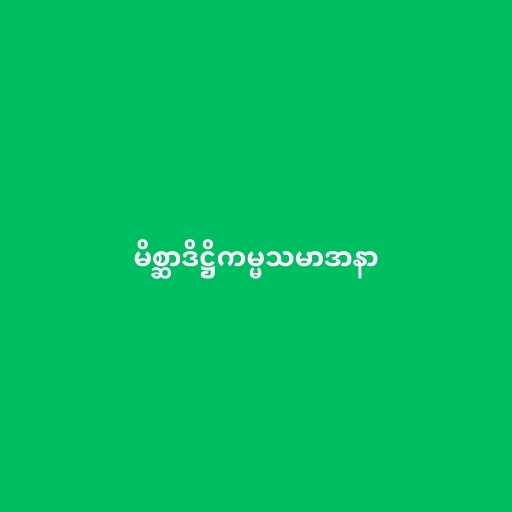
မိစ္ဆာဒိဋ္ဌိကမ္မသမာဒာနာ